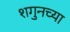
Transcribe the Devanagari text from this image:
शगुनच्या